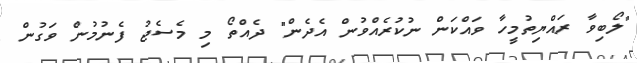
"ލޯބިވާ ރައްޔިތުމީހާ ވައްކަން ނުކުރެއްވުން އެދެން" ދެއްތޯ މި މެސެޖު ފެނުމުން ވަގުން